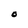
Character: O